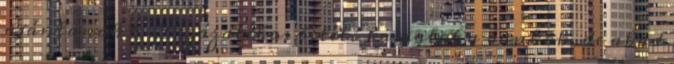
ajánlanak 6-7 százalékos betéti kamatot a bankok, de akad